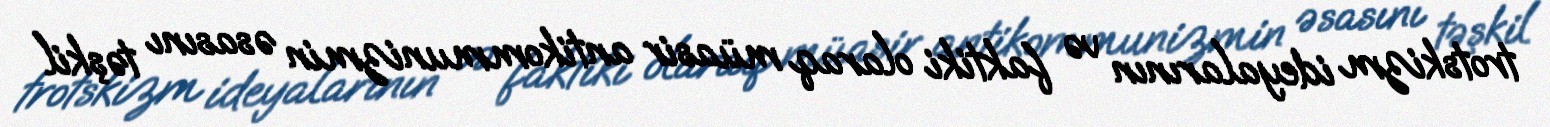
trotskizm ideyalarının və faktiki olaraq müasir antikommunizmin əsasını təşkil